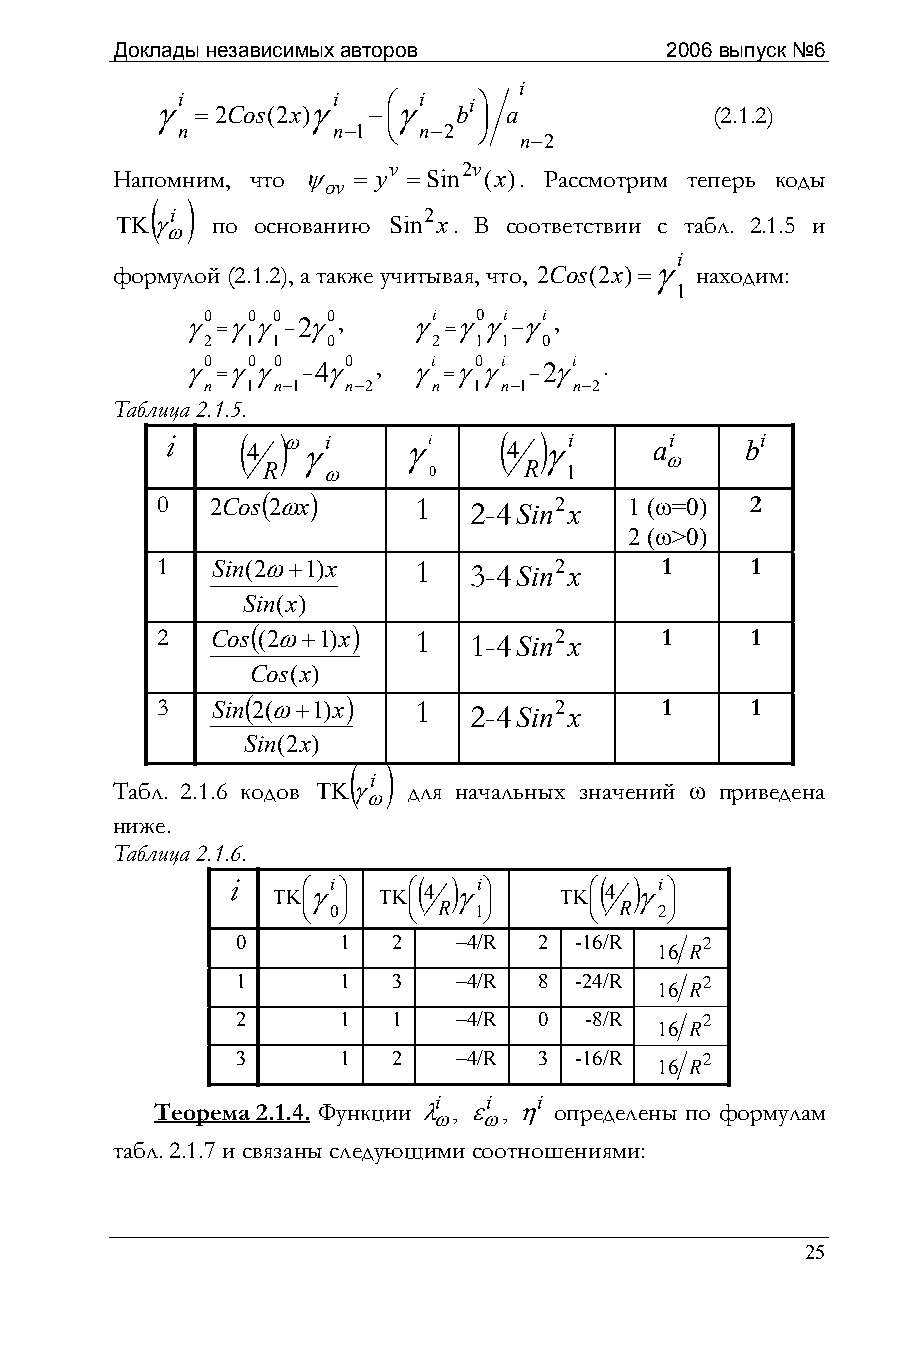
Доклады независимых авторов         2006 выпуск №6
 i
 γi =2Cos(2x)γi −⎜⎛γi bi ⎟⎞
 a             (2.1.2)
 n         n−1 ⎝ n−2 ⎠
 n−2
 v    2v
 Напомним, что ψ = y =Sin (x). Рассмотрим теперь коды
 ov
 ( )
 i                2
 ΤΚγ   по основанию Sin x. В соответствии с табл. 2.1.5 и
 ω
 i
 формулой (2.1.2), а также учитывая, что,
 2Cos(2x)=γ
 находим:
 1
 γ0 =γ0 γ0 −2γ0, γi =γ0 γi −γi ,
 2  1 1   0      2 1 1  0
 γ0 =γ0 γ0 −4γ0 , γi =γ0 γi −2γi .
 n 1 n−1  n−2   n 1 n−1  n−2
 Таблица 2.1.5.
 i    ( 4 )ω γi  γi    ( 4 ) γi  a ωi  bi
 R   ω      0      R 1
 0   2Cos(2ωx)    1   2-4Sin2 x  1 (ω=0) 2
 2 (ω>0)
 1   Sin(2ω+1)x   1   3-4Sin2 x    1     1
 Sin(x)
 2   Cos((2ω+1)x) 1   1-4Sin2 x    1     1
 Cos(x)
 3   Sin(2(ω+1)x) 1   2-4Sin2 x    1     1
 Sin(2x)
 (  )
 i
 Табл. 2.1.6 кодов ΤΚγ для начальных значений ω приведена
 ω
 ниже.
 Таблица 2.1.6.
 i  ΤΚ⎜⎛γi ⎟⎞ ΤΚ⎜⎛( 4 ) γi ⎟⎞ ΤΚ⎜⎛( 4 ) γi ⎟⎞
 ⎝ 0⎠   ⎝ R 1⎠      ⎝ R  2⎠
 0      1  2   –4/R  2 -16/R    2
 16 R
 1      1  3   –4/R  8 -24/R    2
 16 R
 2      1  1   –4/R  0  -8/R    2
 16 R
 3      1  2   –4/R  3 -16/R    2
 16 R
 i  i  i
 Теорема 2.1.4. Функции λ , ε , η определены по формулам
 ω  ω
 табл. 2.1.7 и связаны следующими соотношениями:
 25